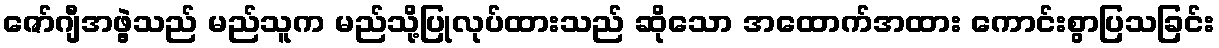
ဇော်ဂျီအဖွဲ့သည် မည်သူက မည်သို့ပြုလုပ်ထားသည် ဆိုသော အထောက်အထား ကောင်းစွာပြသခြင်း